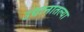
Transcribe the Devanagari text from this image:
उद्यानातल्या